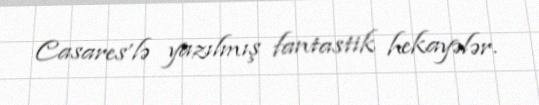
Casares’lə yazılmış fantastik hekayələr.